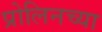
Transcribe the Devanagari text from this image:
प्रोलिनच्या